system: You are a helpful assistant.
user:
Analyze the provided spectrum to determine if it is a **M-type Giant (gM)**.

A M-type Giant spectrum is defined by its **strong molecular absorption** features, particularly from **Titanium Oxide (TiO)**. You must check for one of the following mutually exclusive signatures:

- **Key Visual Indicators (Absorption-Dominated Spectrum):**

    - **(Primary):** The spectrum is dominated by strong molecular absorption from **Titanium Oxide (TiO)**. This is the **defining feature** of its M-type temperature class.
        - **(Key Bandheads):** Look for sharp, "saw-tooth" absorption valleys. The strongest are located near **~7050 Å**, **~6160 Å**, and **~5170 Å**.
        - **(Line Profile):** The "saw-tooth" morphology is critical: a **sharp, steep drop on the BLUE (short-wavelength) side** of the bandhead, followed by a gradual recovery (rising flux) towards the RED (long-wavelength) side.

    - **(Key Confirmation - Giant vs. Dwarf):** **ABSENCE** of strong **Calcium Hydride (CaH)** molecular bands. This is the primary diagnostic for *excluding* M-dwarfs.
        - **(Key Region):** The spectrum should lack the strong, broad absorption band seen in dwarfs between **~6800 Å and ~7000 Å**.

    - **(Secondary Confirmation - Giant):** A very strong and broad **Neutral Calcium (Ca I)** atomic absorption line.
        - **(Key Line):** Located at **~4226 Å**. In a giant (gM), this line is significantly deeper and broader than the same line in an M-dwarf (dM) due to low surface gravity.

    - **(Overall Spectrum):**
        - The continuum is **extremely red-sloping** (i.e., flux is very low in the blue and rises dramatically towards the red).
        - The entire spectrum appears "chopped up" by the deep TiO bands.

Think first, call **spectral_visualization_tool** if needed to examine features in detail, then provide your final answer. Your response must adhere to the following strict rules:
1.  **Overall Structure:** Your response must follow the format `<think>...</think> <tool_call>...</tool_call> (if a tool is used) <answer>...</answer>`.
2.  **Tool Usage Constraint:** You may only make **one** tool call per turn.
3.  **Final Answer Format:** In the `<answer>` tag, your conclusion must be inside a `\boxed{}` command (e.g., `\boxed{YES}` or `\boxed{NO}`), followed by your justification.

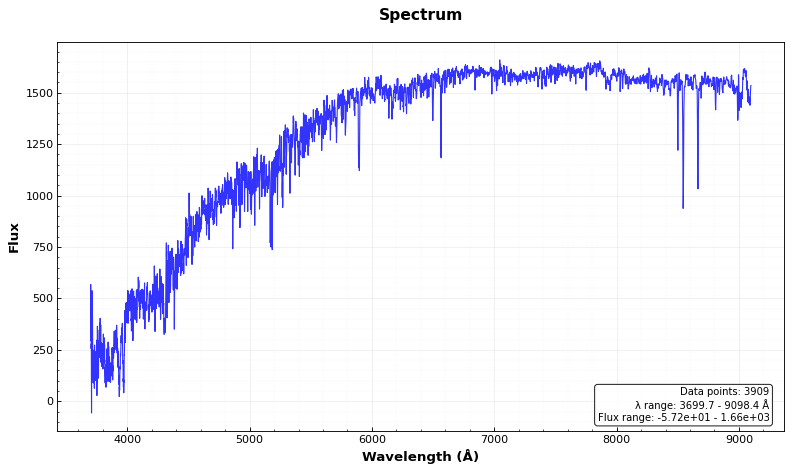
Answer: NO